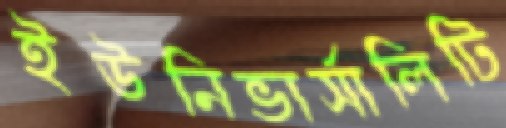
ইউনিভার্সালিটি